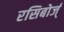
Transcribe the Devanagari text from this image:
रसिबोर्ज्